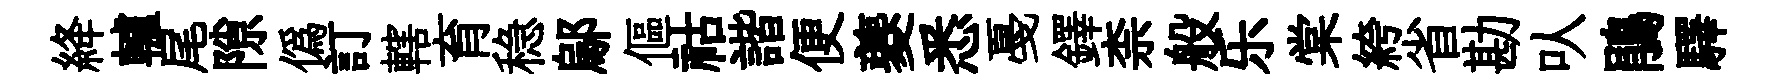
絳轤尾隙僞訂轄育稳鄔傴祜諧便夔悉戞鐸柰般乐棠絝省勘㕥鵑驛